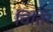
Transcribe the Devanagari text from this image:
चित्तिर